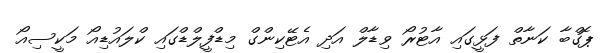
ޕޮގްބާ ކަނާތް ފަޅީގައި އާޓުރޯ ވިޑާލް އަދި އެޓޭކިންގް މިޑްފީލްޑްގައި ކްލައުޑިއޯ މަކީސިއޯ